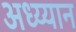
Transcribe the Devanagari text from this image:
अध्य्यान